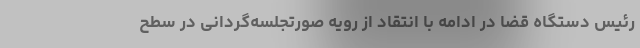
رئیس دستگاه قضا در ادامه با انتقاد از رویه صورتجلسه‌گردانی در سطح